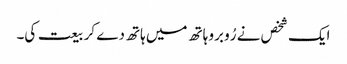
ایک شخص نے رُو برو ہاتھ میں ہاتھ دے کر بیعت کی۔